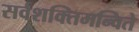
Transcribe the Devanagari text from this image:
सर्वशक्तिमन्विते